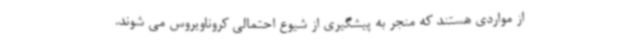
از مواردی هستند که منجر به پیشگیری از شیوع احتمالی کروناویروس می شوند.